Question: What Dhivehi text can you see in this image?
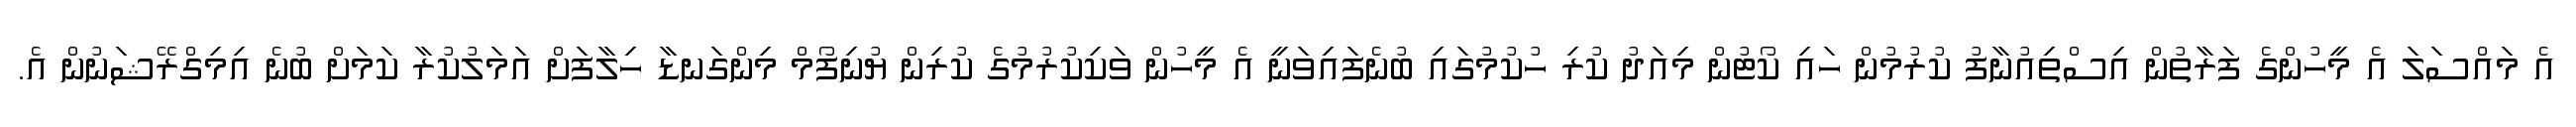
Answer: އެ މައްސަލަ އެ މީހުންގެ ފަރާތުން އިސްތިއުނާފު ކުރުމުން ހައި ކޯޓުން މިއަދު ކުރި ހުކުމުގައި ބުނެފައިވަނީ އެ މީހުން ވަކިކުރުމުގެ ކުރިން ޔުނިފޯމް މިންގަނޑާ ހިލާފަށް އަމަލުކުރާ ކަމަށް ބުނެ އިމިގްރޭޝަނުން އެ.